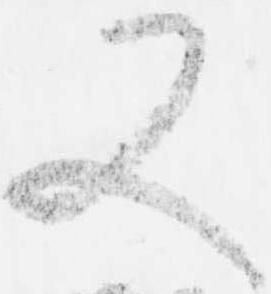
又